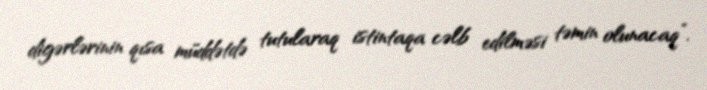
digərlərinin qısa müddətdə tutularaq istintaqa cəlb edilməsi təmin olunacaq”.